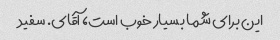
این برای شما بسیار خوب است، آقای. سفید